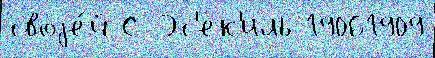
своjе́й С Эс'ек'иль 19061909